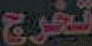
تخرج